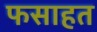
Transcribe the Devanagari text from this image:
फसाहत